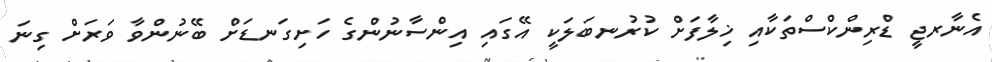
އެނާރޖީ ޑްރިންކްސްތަކާއި ޚިލާފަށް ކުރުނބަލަކީ އޭގައި އިންސާނުންގެ ހަށިގަނޑަށް ބޭނުންވާ ވަަރަށް ގިނަ